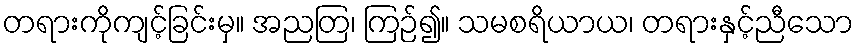
တရားကိုကျင့်ခြင်းမှ။ အညတြ၊ ကြဉ်၍။ သမစရိယာယ၊ တရားနှင့်ညီသော